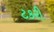
ટકરી